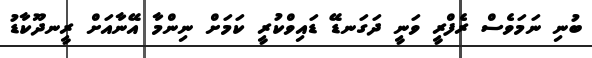
ބުނި ނަމަވެސް ރެފްރީ ވަނީ ދަގަނޑޭ ޑައިވްކުރީ ކަމަށް ނިންމާ އޭނާއަށް ރީނދޫކާޑު